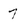
Character: 7